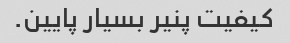
کیفیت پنیر بسیار پایین.